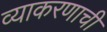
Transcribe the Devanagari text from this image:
व्याकरणाचीं